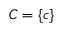
C = \{ c \}